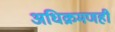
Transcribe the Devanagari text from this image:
अधिक्रमणही